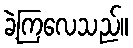
ခဲ့ကြလေသည်။